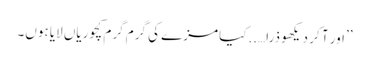
’’اور آ کر دیکھو ذرا…..کیا مزے کی گرم گرم کچوریاں لایا ہوں۔